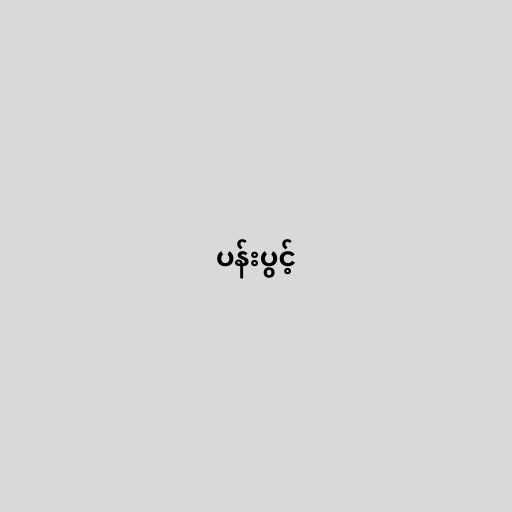
ပန်းပွင့်